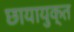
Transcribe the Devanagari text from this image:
छायायुक्त